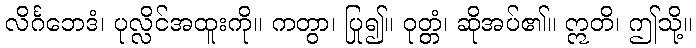
လိင်္ဂဘေဒံ၊ ပုလ္လိင်အထူးကို။ ကတွာ၊ ပြု၍။ ဝုတ္တံ၊ ဆိုအပ်၏။ ဣတိ၊ ဤသို့။